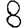
Digit: 8